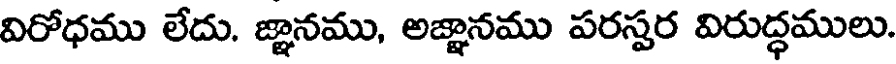
విరోధము లేదు. జ్ఞానము, అజ్ఞానము పరస్పర విరుద్ధములు.